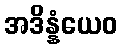
အဒိန္နံယေဝ